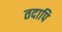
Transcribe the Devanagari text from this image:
तदापि